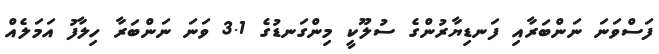
ފަސްވަނަ ނަންބަރާއި ފަނޑިޔާރުންގެ ސުލޫކީ މިންގަނޑުގެ 3.1 ވަނަ ނަންބަރާ ހިލާފު އަމަލެއް